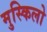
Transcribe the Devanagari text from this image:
मुस्किलो